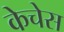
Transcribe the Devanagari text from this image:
केचेस